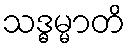
သဒ္ဓမ္မာတိ